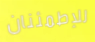
للإطمئنان